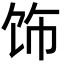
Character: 饰